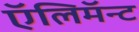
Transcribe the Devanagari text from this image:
ऍलिमॅन्ट